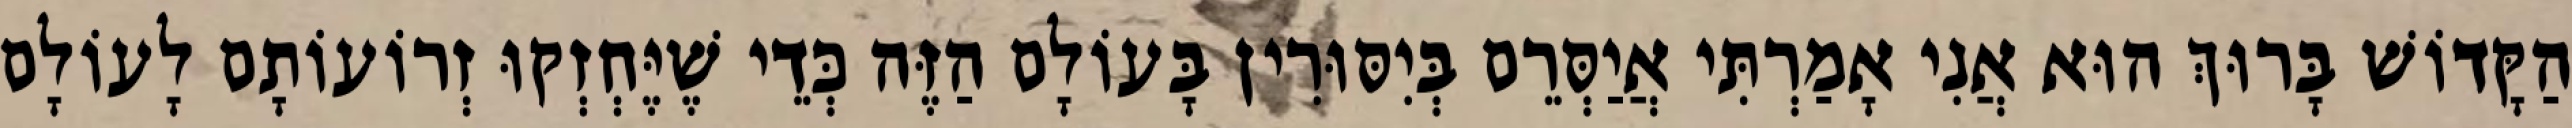
הַקָּדוֹשׁ בָּרוּךְ הוּא אֲנִי אָמַרְתִּי אֲיַסְּרֵם בְּיִסּוּרִין בָּעוֹלָם הַזֶּה כְּדֵי שֶׁיֶּחְזְקוּ זְרוֹעוֹתָם לָעוֹלָם